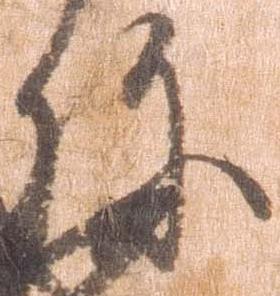
弥